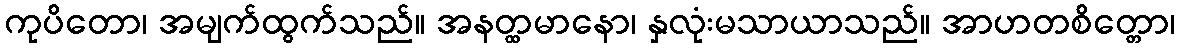
ကုပိတော၊ အမျက်ထွက်သည်။ အနတ္ထမာနော၊ နှလုံးမသာယာသည်။ အာဟတစိတ္တော၊